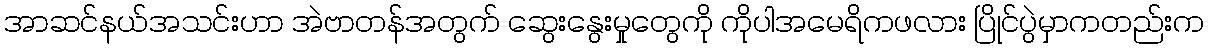
အာဆင်နယ်အသင်းဟာ အဲဗာတန်အတွက် ဆွေးနွေးမှုတွေကို ကိုပါအမေရိကဖလား ပြိုင်ပွဲမှာကတည်းက